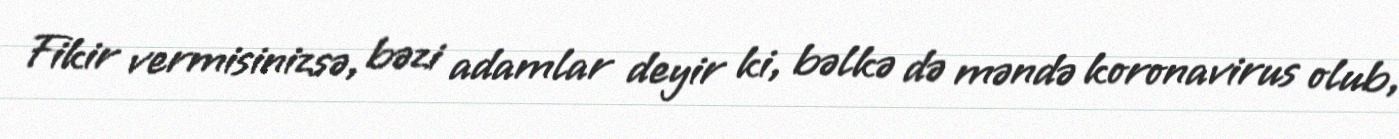
Fikir vermisinizsə, bəzi adamlar deyir ki, bəlkə də məndə koronavirus olub,